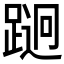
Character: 𲃵